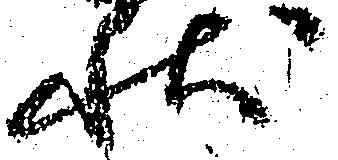
状